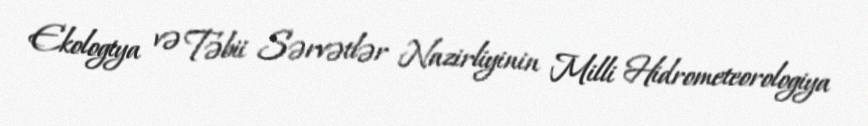
Ekologiya və Təbii Sərvətlər Nazirliyinin Milli Hidrometeorologiya